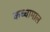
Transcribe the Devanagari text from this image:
कच्‍चामाल